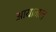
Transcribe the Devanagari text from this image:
आयामल